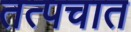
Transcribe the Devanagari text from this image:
तत्पचात